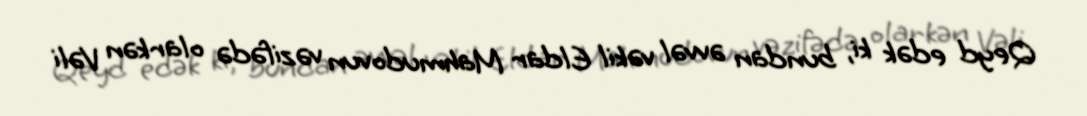
Qeyd edək ki, bundan əvvəl vəkil Eldar Mahmudovun vəzifədə olarkən Vəli